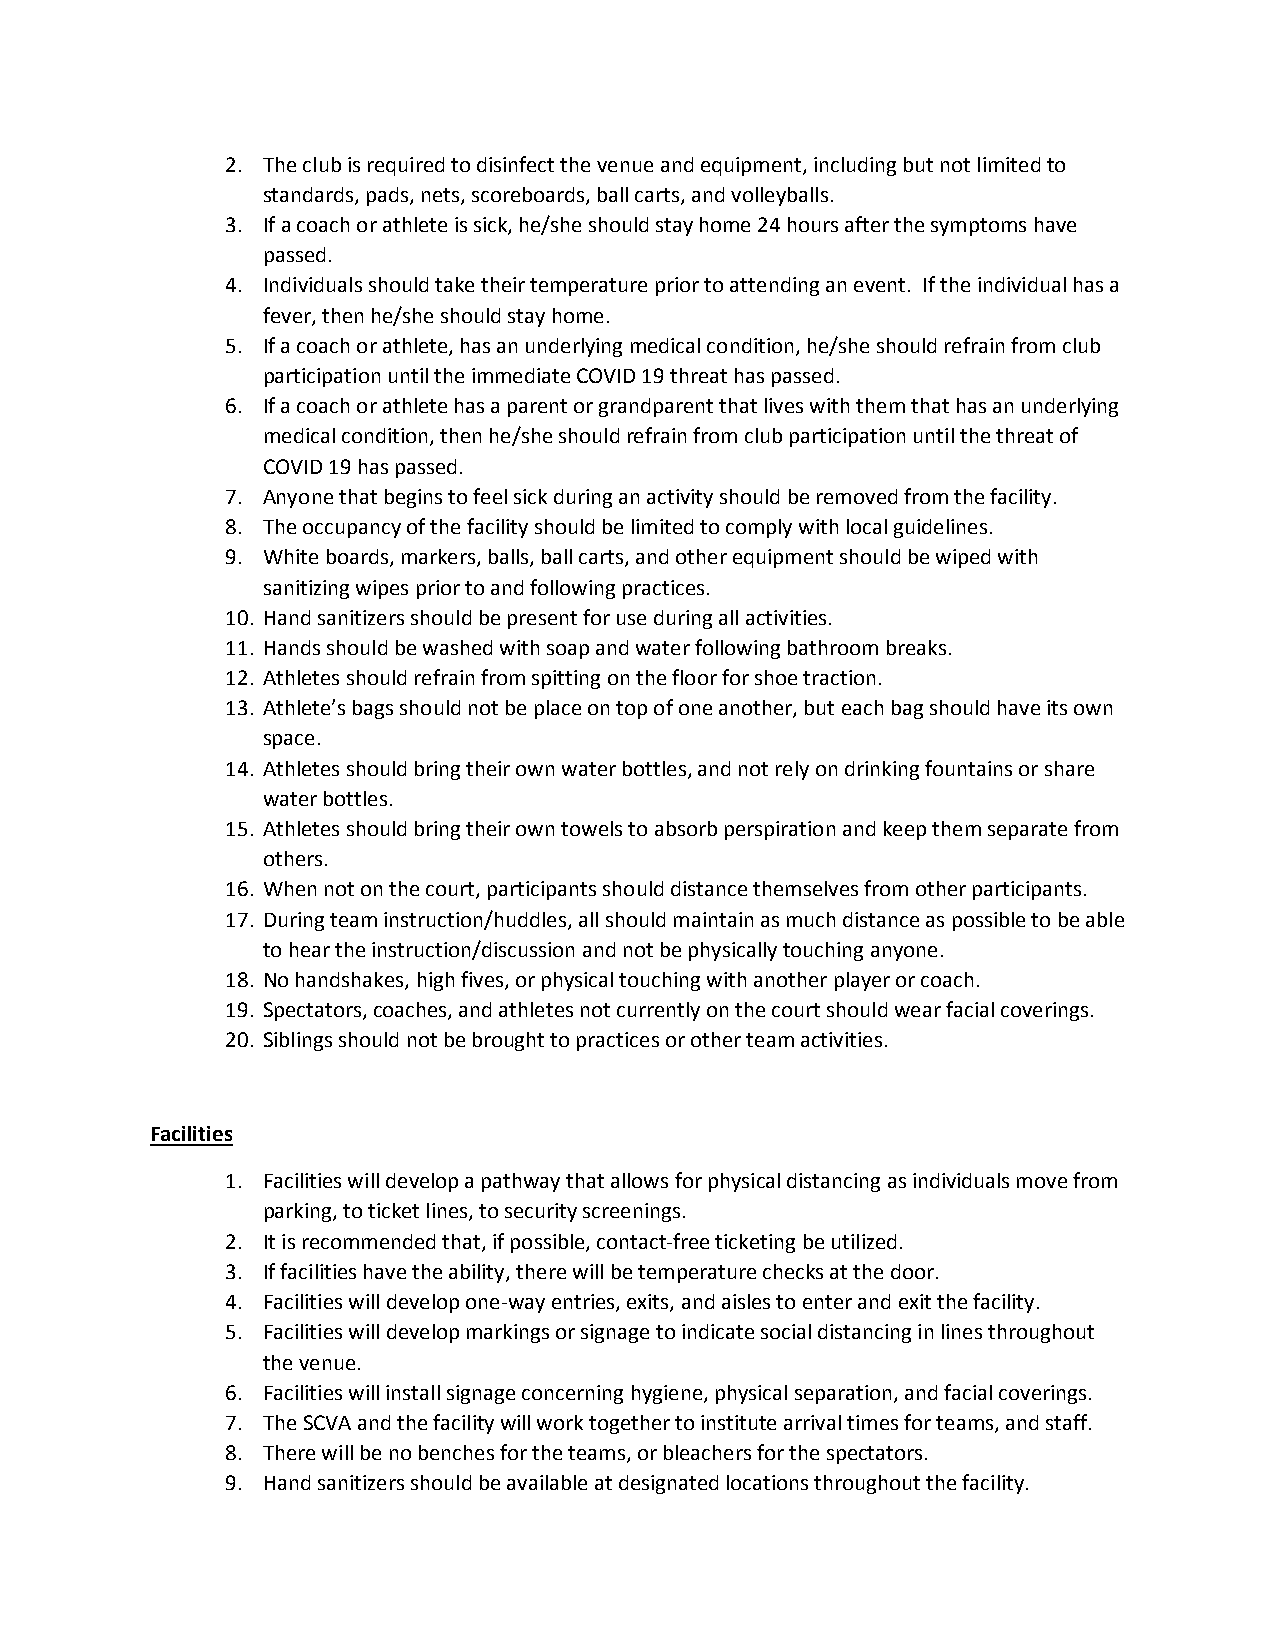
2. The club is required to disinfect the venue and equipment, including but not limited to
 standards, pads, nets, scoreboards, ball carts, and volleyballs.
 3. If a coach or athlete is sick, he/she should stay home 24 hours after the symptoms have
 passed.
 4. Individuals should take their temperature prior to attending an event. If the individual has a
 fever, then he/she should stay home.
 5. If a coach or athlete, has an underlying medical condition, he/she should refrain from club
 participation until the immediate COVID 19 threat has passed.
 6. If a coach or athlete has a parent or grandparent that lives with them that has an underlying
 medical condition, then he/she should refrain from club participation until the threat of
 COVID 19 has passed.
 7. Anyone that begins to feel sick during an activity should be removed from the facility.
 8. The occupancy of the facility should be limited to comply with local guidelines.
 9. White boards, markers, balls, ball carts, and other equipment should be wiped with
 sanitizing wipes prior to and following practices.
 10. Hand sanitizers should be present for use during all activities.
 11. Hands should be washed with soap and water following bathroom breaks.
 12. Athletes should refrain from spitting on the floor for shoe traction.
 13. Athlete’s bags should not be place on top of one another, but each bag should have its own
 space.
 14. Athletes should bring their own water bottles, and not rely on drinking fountains or share
 water bottles.
 15. Athletes should bring their own towels to absorb perspiration and keep them separate from
 others.
 16. When not on the court, participants should distance themselves from other participants.
 17. During team instruction/huddles, all should maintain as much distance as possible to be able
 to hear the instruction/discussion and not be physically touching anyone.
 18. No handshakes, high fives, or physical touching with another player or coach.
 19. Spectators, coaches, and athletes not currently on the court should wear facial coverings.
 20. Siblings should not be brought to practices or other team activities.
 Facilities
 1. Facilities will develop a pathway that allows for physical distancing as individuals move from
 parking, to ticket lines, to security screenings.
 2. It is recommended that, if possible, contact-free ticketing be utilized.
 3. If facilities have the ability, there will be temperature checks at the door.
 4. Facilities will develop one-way entries, exits, and aisles to enter and exit the facility.
 5. Facilities will develop markings or signage to indicate social distancing in lines throughout
 the venue.
 6. Facilities will install signage concerning hygiene, physical separation, and facial coverings.
 7. The SCVA and the facility will work together to institute arrival times for teams, and staff.
 8. There will be no benches for the teams, or bleachers for the spectators.
 9. Hand sanitizers should be available at designated locations throughout the facility.